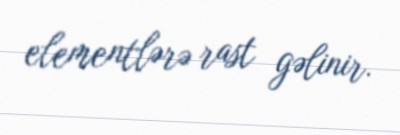
elementlərə rast gəlinir.